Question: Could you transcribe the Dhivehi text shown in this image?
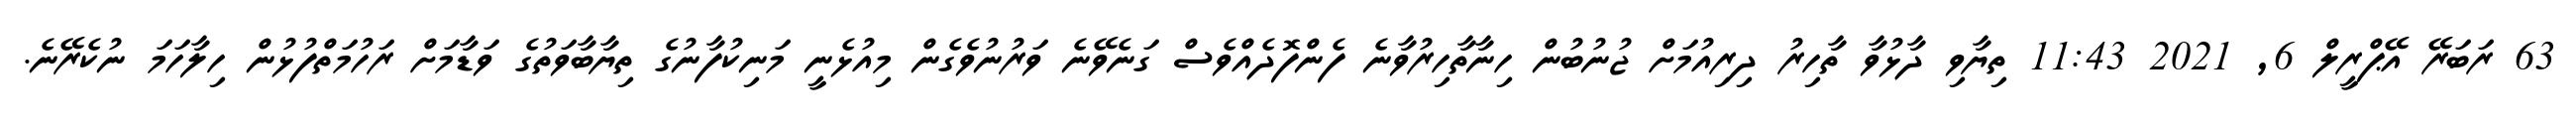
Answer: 63 ރަބަރޭ އޭޕްރީލް 6, 2021 11:43 ތިޔާވި ދާޅުވާ ތާހިރު ދިރިއުމަށް ޖުނުބުން ހިނާތާހިރުވާނެ ފެންފޮދެއްވެސް ގަނެވޭނެ ވަރުނުވެގެން މިއުޅެނީ މަނިކުފާނުގެ ތިޔާބާވަތުގެ ވަޑާމަށް ރަހުމަތްފުޅުން ހިލާހަމަ ނުކެރޭނެ.